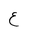
Letter: _ayn